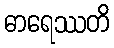
ဓာရေဿတိ